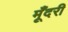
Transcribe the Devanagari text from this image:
मूँदरी